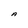
Character: A